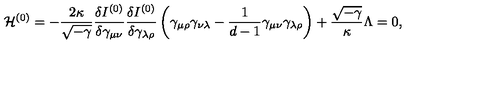
{ \cal H } ^ { ( 0 ) } = - \frac { 2 \kappa } { \sqrt { - \gamma } } \frac { \delta I ^ { ( 0 ) } } { \delta \gamma _ { \mu \nu } } \frac { \delta I ^ { ( 0 ) } } { \delta \gamma _ { \lambda \rho } } \left( \gamma _ { \mu \rho } \gamma _ { \nu \lambda } - \frac { 1 } { d - 1 } \gamma _ { \mu \nu } \gamma _ { \lambda \rho } \right) + \frac { \sqrt { - \gamma } } { \kappa } \Lambda = 0 ,